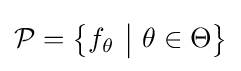
{\mathcal {P}}={\big \{}f_{\theta }\ {\big |}\ \theta \in \Theta {\big \}}